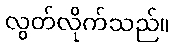
လွတ်လိုက်သည်။